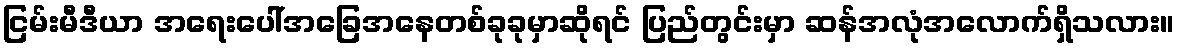
ငြမ်းမီဒီယာ အရေးပေါ်အခြေအနေတစ်ခုခုမှာဆိုရင် ပြည်တွင်းမှာ ဆန်အလုံအလောက်ရှိသလား။